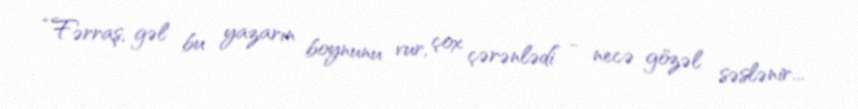
“Fərraş, gəl bu yazarın boynunu vur, çox çərənlədi” - necə gözəl səslənir...